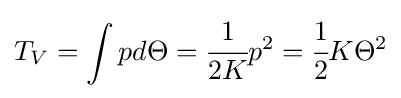
T_{V}=\int {pd\Theta }={\cfrac {1}{2K}}p^{2}={\cfrac {1}{2}}K{\Theta }^{2}